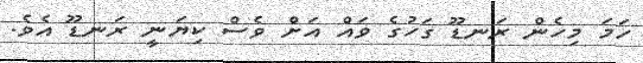
ހަމަ މިހެން ރަނޑޫ ގަހުގެ ވައް އަށް ވެސް ކިޔަނީ ރަނޑޫ އެވެ.